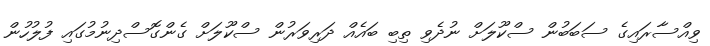
ވިއްސާރައިގެ ސަބަބުން ސްކޫލަށް ނުދެވި ތިބި ބައެއް ދަރިވަރުން ސްކޫލަށް ގެންގޮސްދިނުމުގައި ފުލުހުން